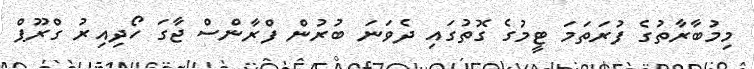
މިމުބާރާތުގެ ފުރަތަމަ ޓީމުގެ ގޮތުގައި ދެވަނަ ބުރުން ފްރާންސް ޖާގަ ހޯދިއިރު ގްރޫޕް